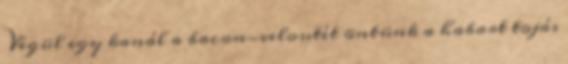
Végül egy kanál a bacon-veloutét öntünk a habart tojás